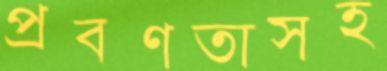
প্রবণতাসহ